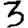
Digit: 3